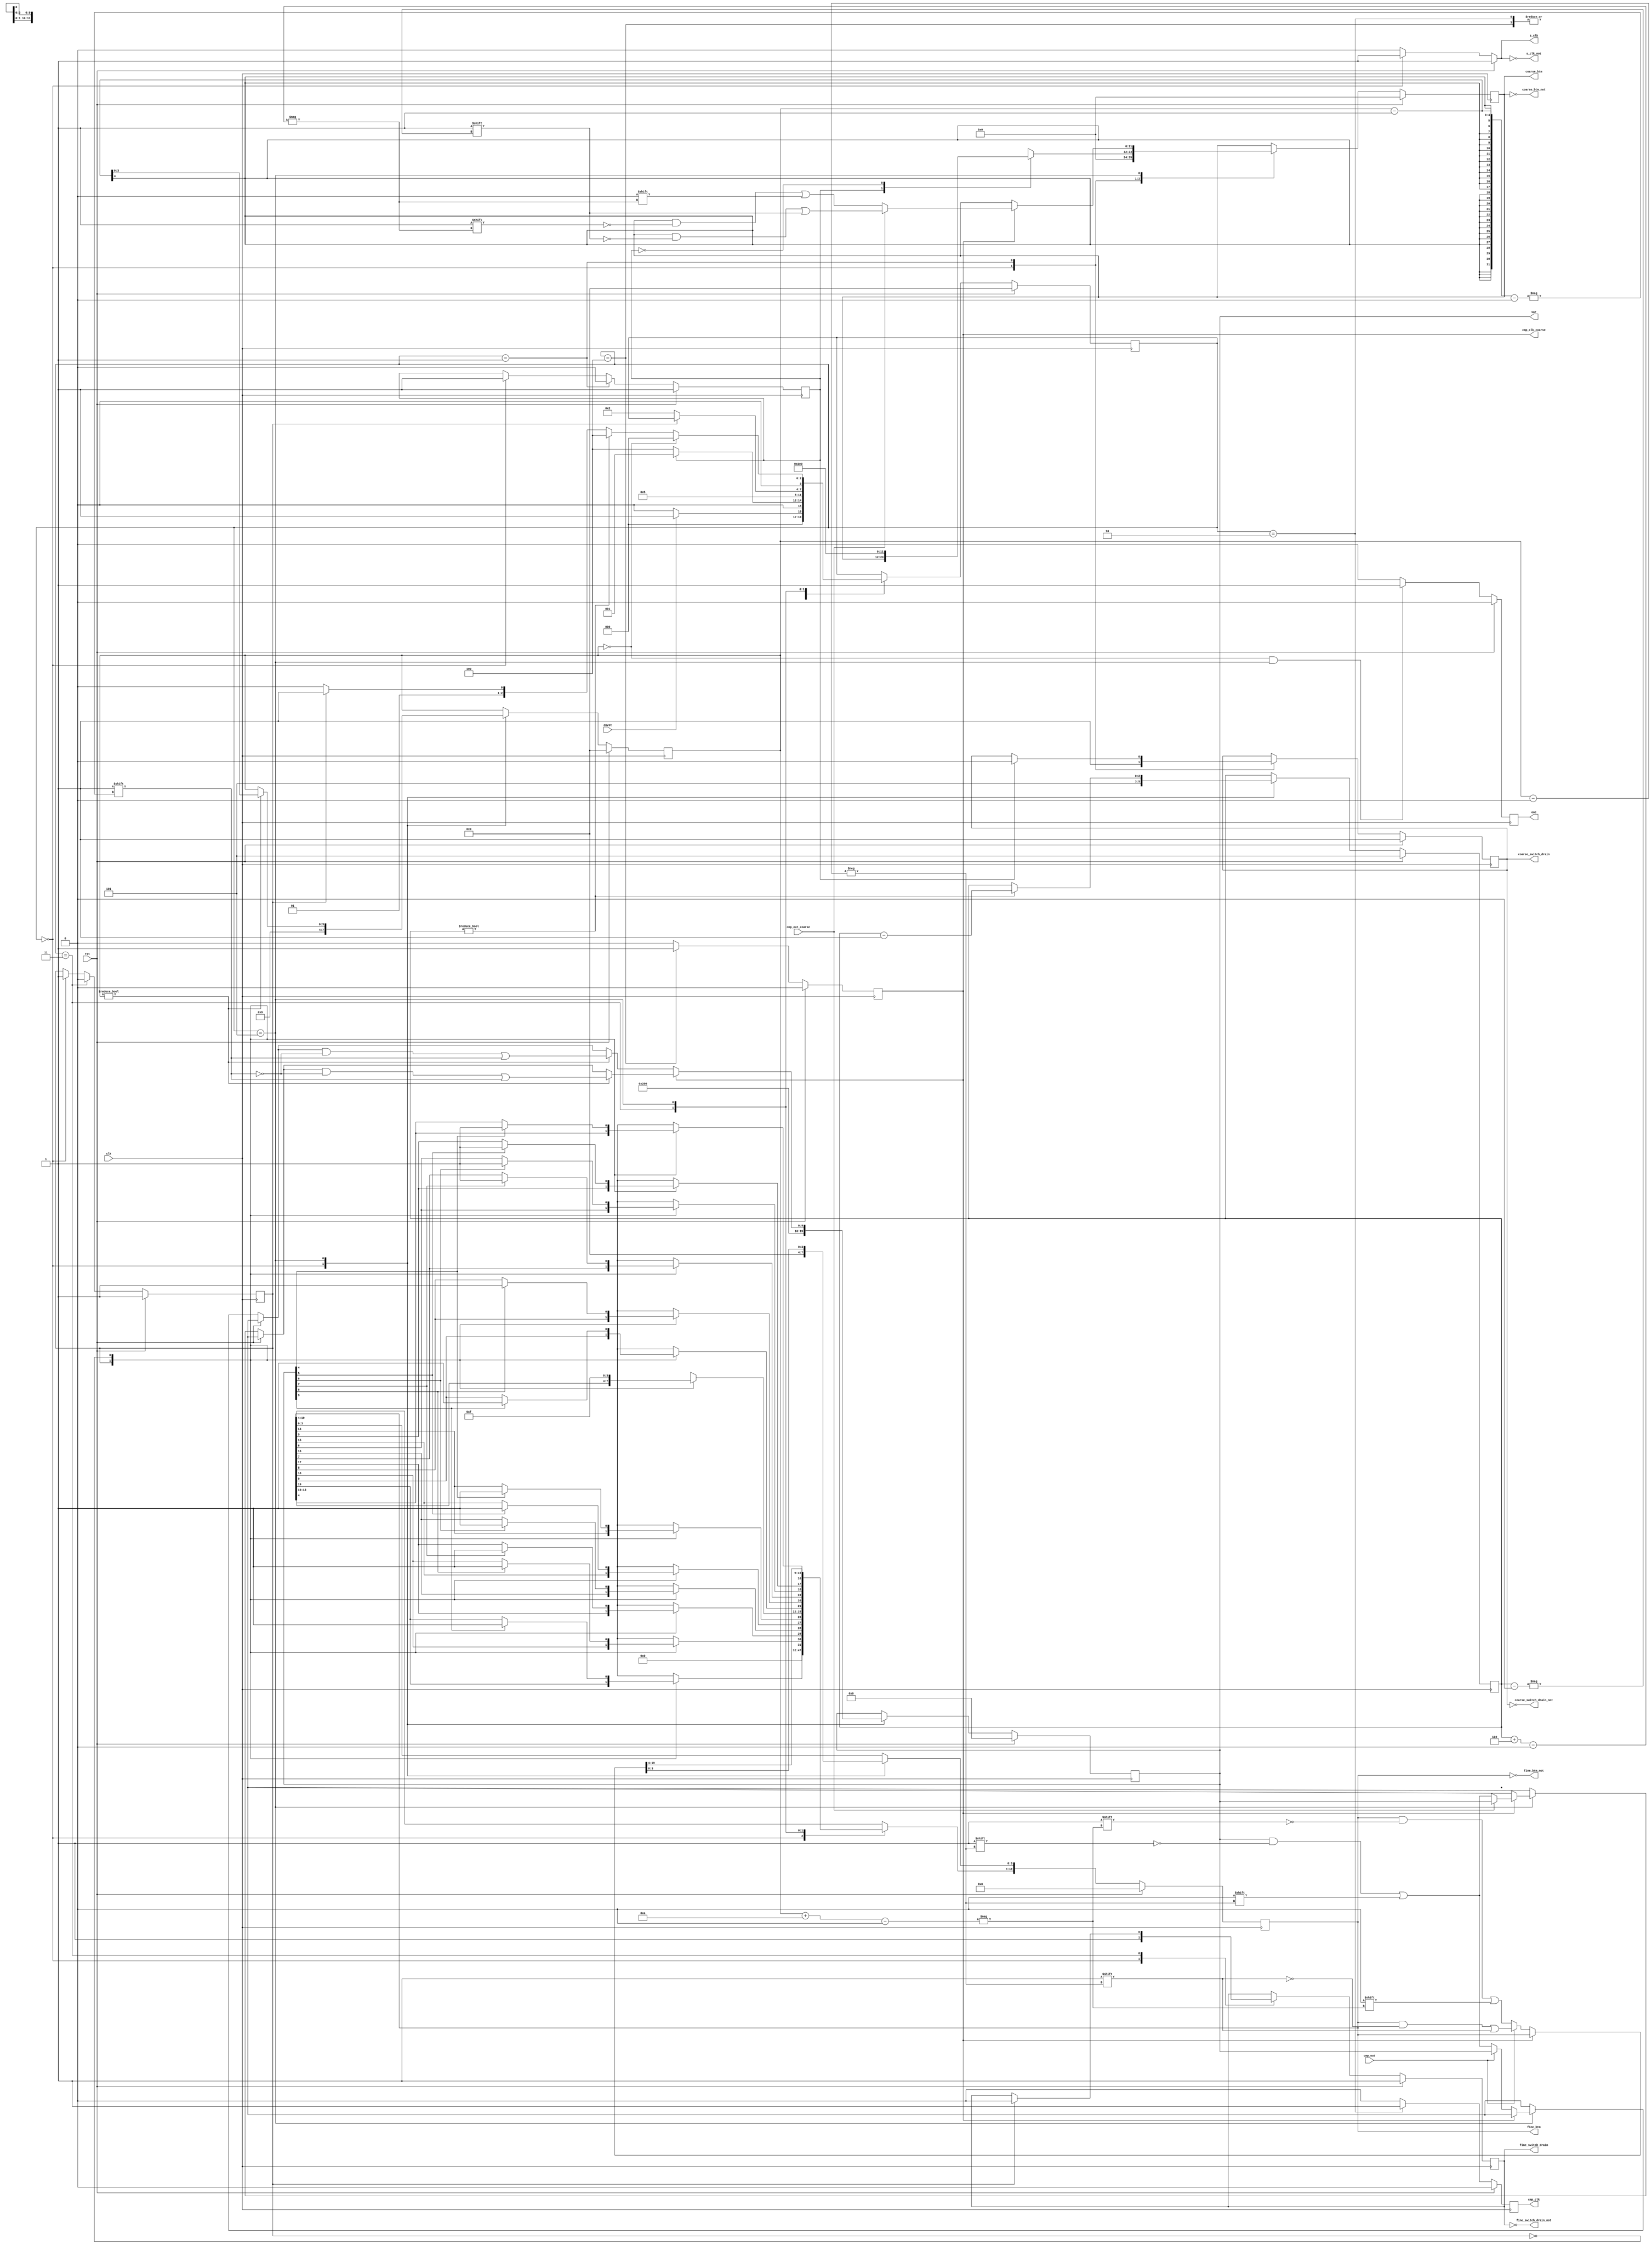
module sar_logic_CS_10bit_k6(
	input clk,
	input rst,
	input cnvst,
	input cmp_out,
	input cmp_out_coarse,
	output reg [9:0] sar, // digital output
	output reg eoc, // end of conversion
	output reg cmp_clk, // comparator clock
	output reg cmp_clk_coarse,

	output reg s_clk, // bootstrap switch clock
	output reg [19:0] fine_btm,
	output reg [11:0] coarse_btm,
	output reg fine_switch_drain,
	output reg coarse_switch_drain,

	//INVERTED OUTPUTS
	output s_clk_not,
	output [19:0] fine_btm_not,
	output [11:0] coarse_btm_not,
	output fine_switch_drain_not,
	output coarse_switch_drain_not
	);
	
	// 256 128 64 32 16 8  4  2  1  1  256 128 64 32 16 8 4 2 1 1
	//  19  18 17 16 15 14 13 12 11 10   9   8  7  6  5 4 3 2 1 0 
	parameter S_wait						= 4'd0;
	parameter S_drain 					= 4'd1;
	parameter S_comprst					= 4'd2;
	parameter S_ds							= 4'd3;
	parameter S_comprst_coarse 	= 4'd4;
	parameter S_decide					= 4'd5;

	assign s_clk_not = ~s_clk;
	assign fine_btm_not = ~fine_btm;
	assign fine_switch_drain_not = ~fine_switch_drain;
	assign coarse_btm_not = ~coarse_btm;
	assign coarse_switch_drain_not = ~coarse_switch_drain;

	reg [3:0] state;
	reg drain;
	reg [3:0] b;
	reg [2:0] b_coarse;
	reg ds;

	reg fine_up; // 1 if SCA2 has upper bound voltage

	always @(posedge clk) begin //state transitions
		if (rst) 
			state <= S_wait;
		else
			case(state)
				S_wait:
					if(cnvst)
						state <= S_drain;
					else 
						state <= S_wait;
				S_drain:
					if(drain)
						state <= S_drain;
					else
						state <= S_comprst_coarse;
				S_comprst:
					state <= S_decide;
				S_comprst_coarse:
					state <= S_decide;
				S_ds:
					if(ds==0)
						state <= S_comprst;
				S_decide:
					if(b==0)
						state <= S_wait;
					else
						if(b_coarse)
							state <= S_comprst_coarse;
						else if(ds)
							state <= S_ds;
						else 
							state <= S_comprst;

			endcase
	end


	always @(posedge clk) begin //eoc
		if (rst) 
			// reset
			eoc <= 0;
		else 
			if (b == 0 && state == S_decide) 
				eoc <= 1;
			else
				eoc <= 0;
	end


	always @(posedge clk) begin //b
		if (rst)
			// reset
			b <= 0;
		else 
			case(state)
				S_wait:
					b <= 4'd9;
				S_decide:
					if(b)
						b <= b - 1;
			endcase
	end

	always @(posedge clk) begin //b_coarse
		if (rst)
			// reset
			b_coarse <= 3'd5;
		else 
			case(state)
				S_wait:
					b_coarse <= 3'd5;
				S_decide:
					if(b_coarse)
						b_coarse <= b_coarse - 1;
			endcase
	end

	always @(*) begin //s_clk
		if (rst) 
			// reset
			s_clk <= 1;
		else 
			if (state == S_wait) 
				s_clk <= 1;
			else
				s_clk <= 0;
	end

	always @(posedge clk) begin //cmp_clk
		if (rst) 
			// reset
			cmp_clk <= 0;
		else 
			if (state == S_comprst) 
				cmp_clk <= 1;
			else
				cmp_clk <= 0;
	end

	always @(posedge clk) begin //cmp_clk_coarse
		if (rst) 
			// reset
			cmp_clk_coarse <= 0;
		else 
			if (state == S_comprst_coarse) 
				cmp_clk_coarse <= 1;
			else
				cmp_clk_coarse <= 0;
	end

	always @(posedge clk) begin //drain
		if (rst) 
			// reset
			drain <= 1;
		else 
			if (state == S_drain)
				drain <= 0;
			else if (state == S_wait)
				drain <= 1;
	end

	always @(posedge clk) begin //ds
		if (rst) 
			// reset
			ds <= 1;
		else 
			if (state == S_ds)
				ds <= 0;
			else if (state == S_wait)
				ds <= 1;
	end

	always @(posedge clk) begin //sar
		if (rst) begin
			// reset
			sar <= 0;
		end
		else
			case(state)
				S_wait:
					sar <= 10'b1000000000;
				S_decide: begin
					if(cmp_clk_coarse) begin
						if(cmp_out_coarse == 0)
							sar[b] <= 0;
						if(b)
						 sar[b-1] <= 1;
					end
					else begin
						if(cmp_out == 0)
							sar[b] <= 0;
						if(b)
							sar[b-1] <= 1;
					end
				end
				
			endcase
	end


	always @(posedge clk) begin //DAC_switch_control
		if (rst) begin
			// reset
			fine_btm <= 20'd0;
			fine_switch_drain <= 1;
			coarse_switch_drain <= 1;
			coarse_btm <= 10'd0;
		end
		else
			case(state)
				S_wait: begin
					fine_btm <= 20'd0;
					coarse_btm <= 10'd0;
					fine_switch_drain <= 1;
					coarse_switch_drain <= 1;
				end
				S_drain:
					case(drain)
						1:
							coarse_switch_drain <= 0;
						0: begin
							coarse_btm <= 10'b1111100000;
							end
						endcase
				S_ds:
					case(ds)
						1:
							fine_switch_drain <= 0;
						0: begin
							if(sar[9] == 1) begin
								fine_btm[19] <= 1;
								fine_btm[9] <= 1;
							end
							if(sar[8] == 1) begin
								fine_btm[18] <= 1;
								fine_btm[8] <= 1;
							end
							if(sar[7] == 1) begin
								fine_btm[17] <= 1;
								fine_btm[7] <= 1;
							end
							if(sar[6] == 1) begin
								fine_btm[16] <= 1;
								fine_btm[6] <= 1;
							end
							if(sar[5] == 1) begin
								fine_btm[15] <= 1;
								fine_btm[5] <= 1;
							end
							if(sar[4] == 1) begin
								fine_btm[14] <= 1;
								fine_btm[4] <= 1;
							end
							fine_btm[13:10] <= 5'b1111;
						end

					endcase
				S_decide:
					if(cmp_clk_coarse) 
						if(cmp_out_coarse) begin
							coarse_btm[b_coarse] <= 1;
						end		

						else begin
							coarse_btm[b_coarse+6] <= 0;
						end

					else
						if(cmp_out) begin
							fine_btm[b] <= 1;
						end		

						else begin
							fine_btm[b+10] <= 0;
						end

			endcase
		
	end

endmodule